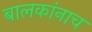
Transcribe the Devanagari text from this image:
बालकांनाच